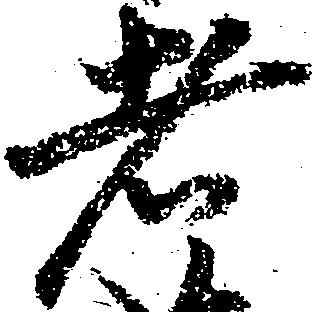
者